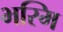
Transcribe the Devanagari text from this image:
भस्मि